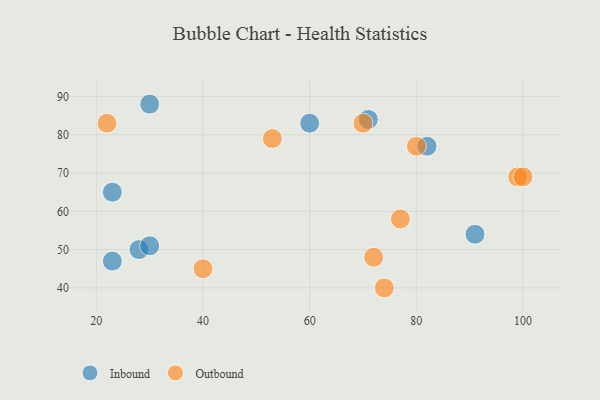
{"axis": {"x": "GDP", "y": "Life Expectancy"}, "legend": ["Inbound", "Outbound"], "data": [{"x": "60", "y": 83, "type": "Inbound"}, {"x": "23", "y": 65, "type": "Inbound"}, {"x": "82", "y": 77, "type": "Inbound"}, {"x": "71", "y": 84, "type": "Inbound"}, {"x": "23", "y": 47, "type": "Inbound"}, {"x": "91", "y": 54, "type": "Inbound"}, {"x": "30", "y": 88, "type": "Inbound"}, {"x": "28", "y": 50, "type": "Inbound"}, {"x": "30", "y": 51, "type": "Inbound"}, {"x": "80", "y": 77, "type": "Outbound"}, {"x": "70", "y": 83, "type": "Outbound"}, {"x": "72", "y": 48, "type": "Outbound"}, {"x": "77", "y": 58, "type": "Outbound"}, {"x": "53", "y": 79, "type": "Outbound"}, {"x": "22", "y": 83, "type": "Outbound"}, {"x": "40", "y": 45, "type": "Outbound"}, {"x": "99", "y": 69, "type": "Outbound"}, {"x": "100", "y": 69, "type": "Outbound"}, {"x": "74", "y": 40, "type": "Outbound"}]}